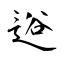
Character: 逧